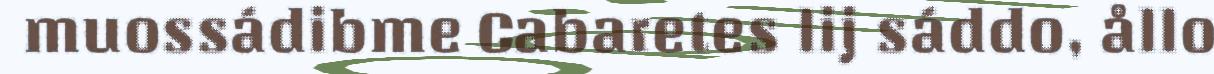
muossádibme Cabaretes lij sáddo, ållo